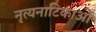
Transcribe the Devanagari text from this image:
नृत्यनाटिकाओं